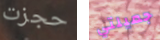
حجزت جميلتي